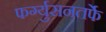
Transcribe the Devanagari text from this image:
फर्ग्युसनतर्फे